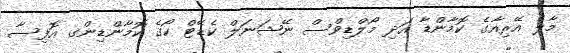
މާލެ އޭރިއާގެ ކޮމާންޑާ އަދި މޯލްޑިވްސް ނޭޝަނަލް ކެޑޭޓް ކޯގެ ކޮމާންޑިންގ އޮފިސާ